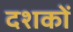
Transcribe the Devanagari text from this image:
दशकाें